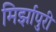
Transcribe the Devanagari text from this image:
मिर्झापुरी